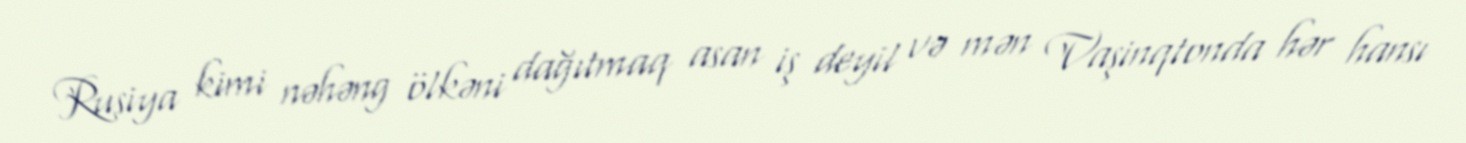
Rusiya kimi nəhəng ölkəni dağıtmaq asan iş deyil və mən Vaşinqtonda hər hansı